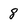
Character: 8